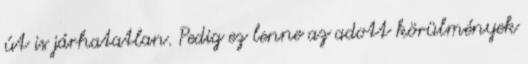
út is járhatatlan. Pedig ez lenne az adott körülmények